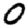
Digit: 0